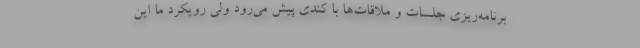
برنامه‌ریزی جلسات و ملاقات‌ها با کندی پیش می‌رود ولی رویکرد ما این